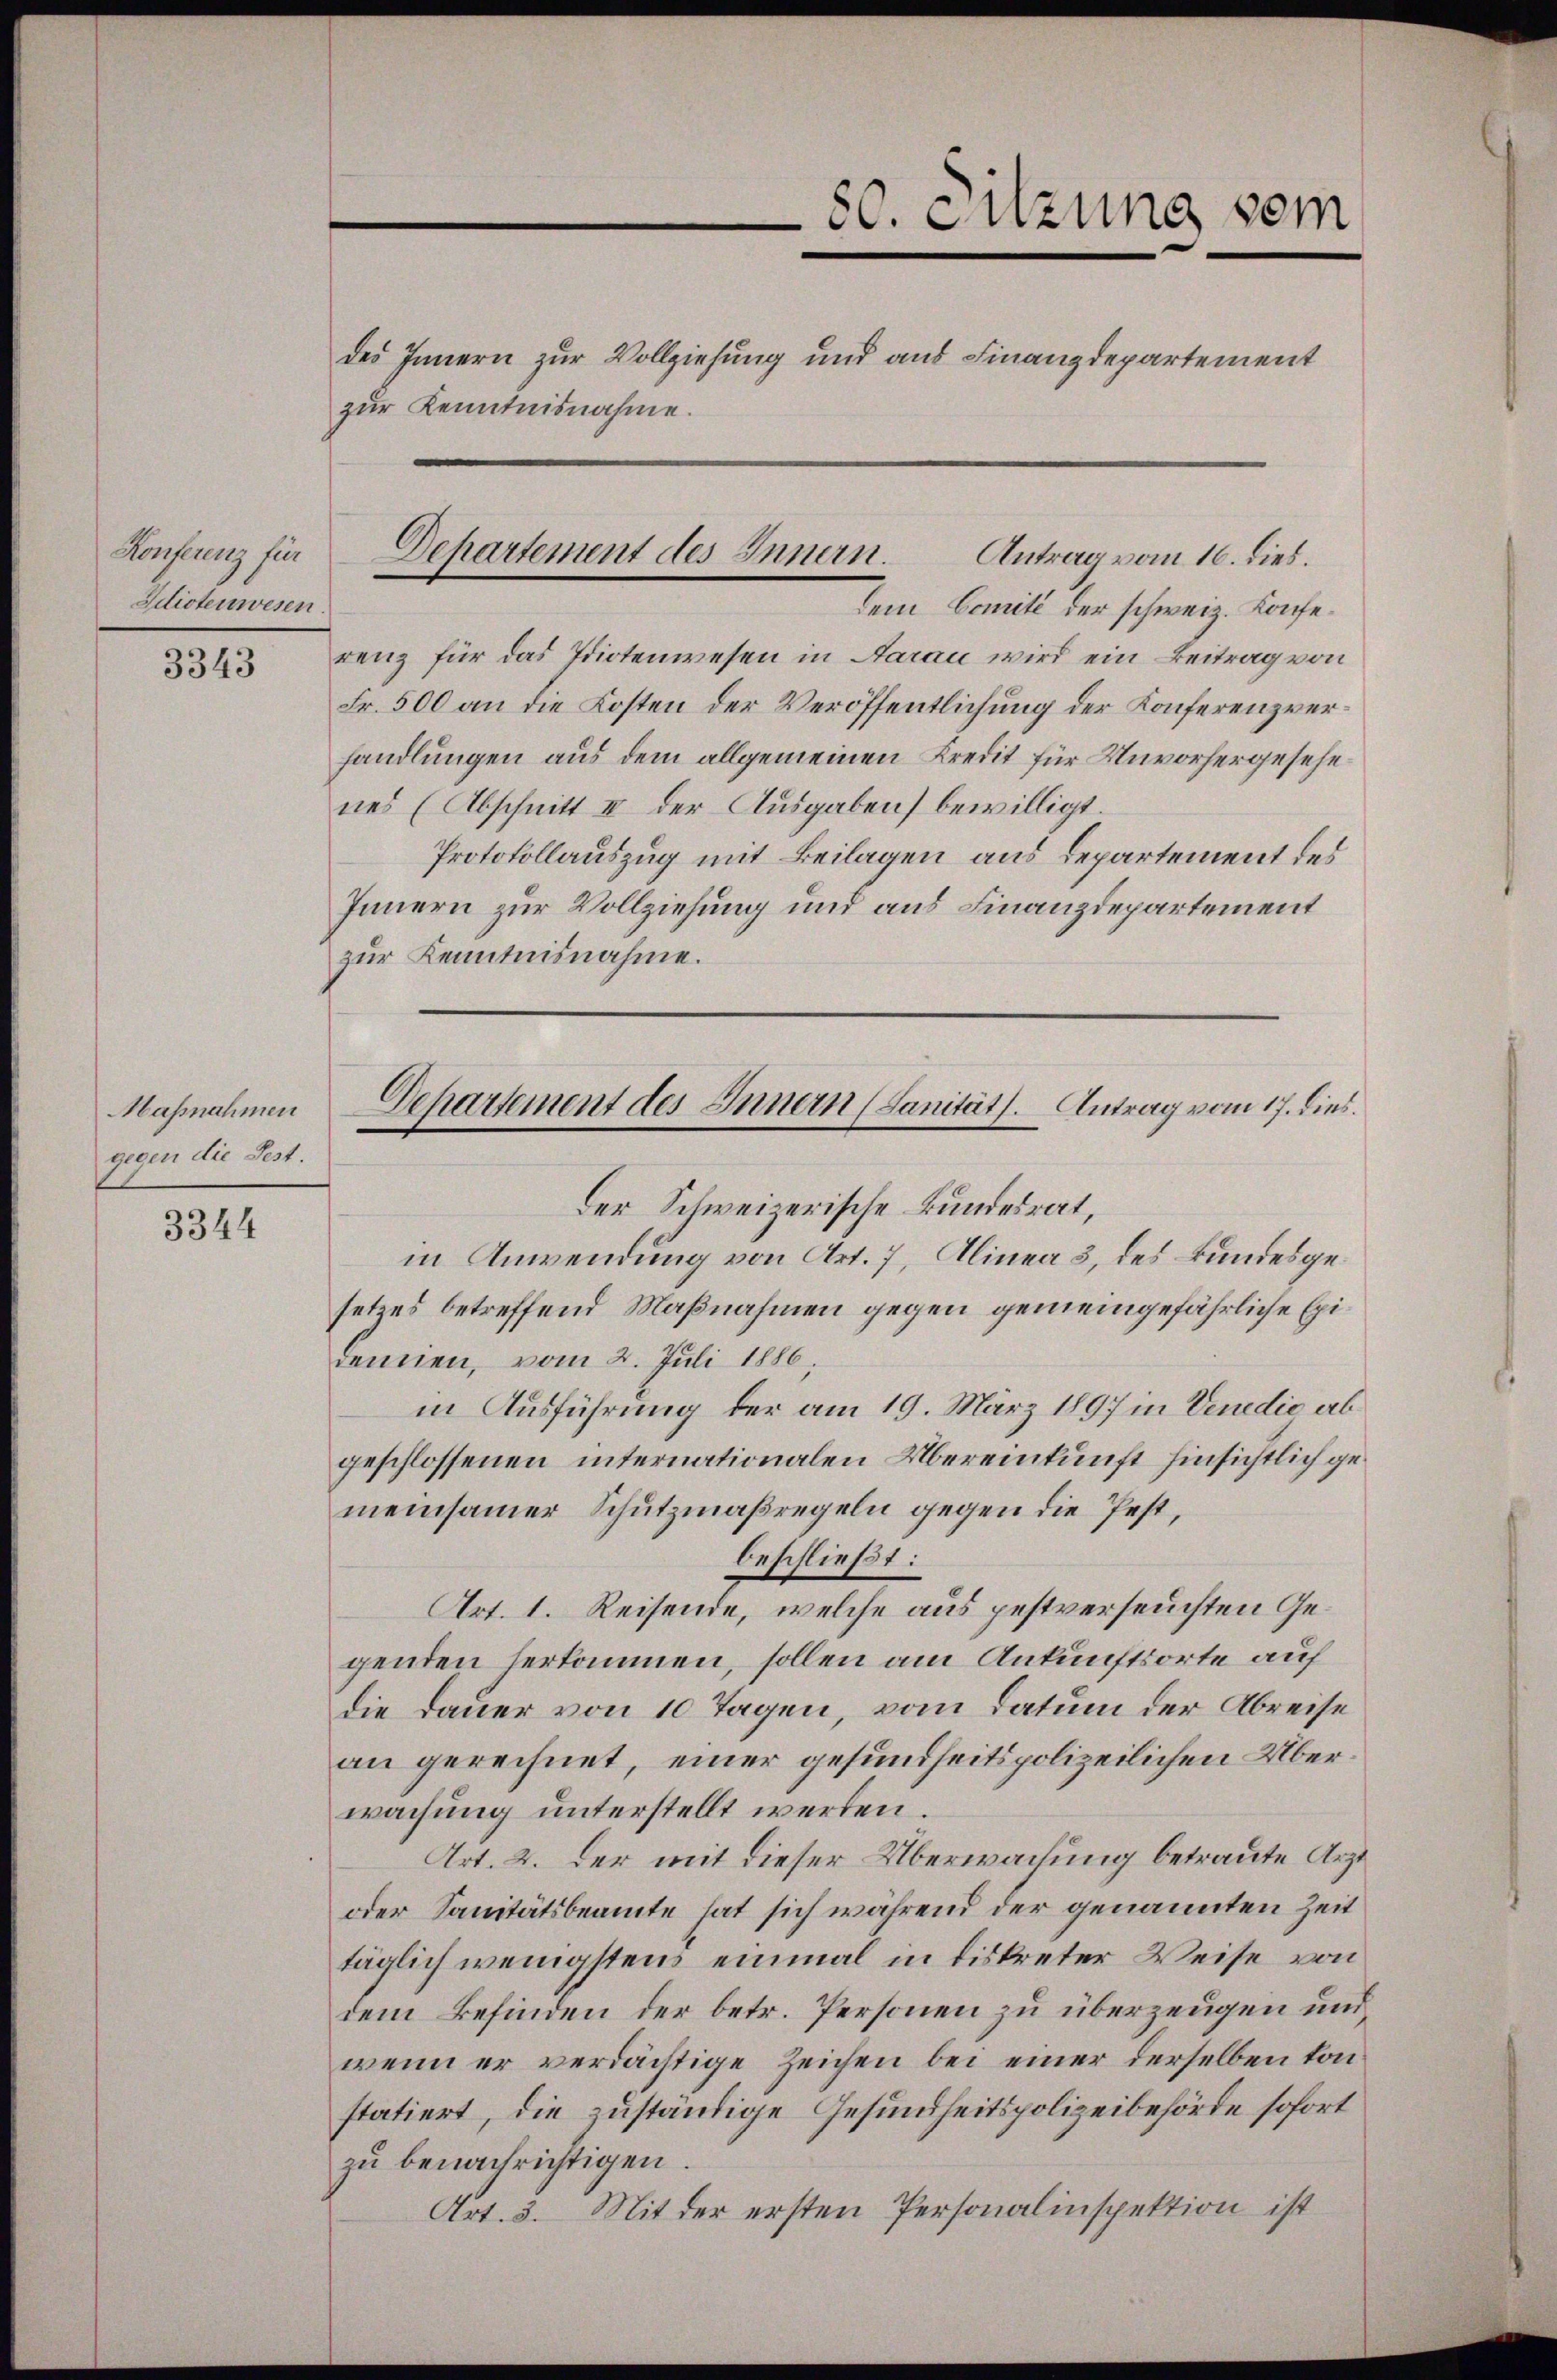
Konferenz für
Idiotenwesen.

3343

Maßnahmen
gegen die Fest.

3344

zur Kenntnisnahme.

dem Comité der schweiz. Konferenz für das Idiotenwesen in Aarau wird ein Beitrag von
Fr. 500 an die Kosten der Veröffentlichung der Konferenzverhandlungen aus dem allgemeinen Kredit für Unvorhergesehenes (Abschnitt II der Ausgaben) bewilligt.
Protokollauszug mit Beilagen aus Departement des
Innern zur Vollziehung und aus Finanzdepartement
zur Kenntnisnahme.
in Anwendung von Art. 7, Alinea 3, des Bundesgesetzes betreffend Maßnahmen gegen gemeingefährliche Exidenien, vom 2. Juli 1886,
in Ausführung der am 19. März 1897 in Venedio abgeschlossenen internationalen Übereinkunft hinsichtlich gemeinsamer Schutzmaßregeln gegen die fest,
beschließt:
Art. 1. Reisende, welche aus pestverseuchten Gegenden herkommen, sollen am Ankunftsorte auf
die Dauer von 10 Tagen, vom Datum der Abreise
an gerechnet, einer gesundheitspolizeilichen Überwachung unterstellt werden.
Art. 2. Der mit dieser Überwachung betraute Arzt
oder Sanitätsbeamte hat sich während der genannten Zeit
täglich wenigstens einmal in diskreter Weise von
dem Befinden der betr. Personen zu überzeugen und
wenn er verdächtige Zeichen bei einer derselben konstatiert, die zuständige Gesundheitspolizeibehörde sofort
zu benachrichtigen.
Art. 3. Mit der ersten Personalinspektion ist

Departement des Innern.
Antrag vom 16. dies.

80. Sitzung sein
des Innern zur Vollziehung und aus Finanzdepartement

Departement des Innern (Sanität. Antrag vom 17. dies.
Der Schweizerische Bundesrat,